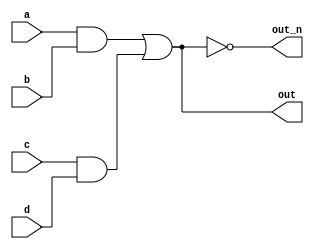
// statement

// Implement the following circuit. Create two intermediate wires (named anything you want) to connect the AND and OR gates together. 
// Note that the wire that feeds the NOT gate is really wire out, so you do not necessarily need to declare a third wire here.
// Notice how wires are driven by exactly one source (output of a gate), but can feed multiple inputs.

//If you're following the circuit structure in the diagram, you should end up with four assign statements,
// as there are four signals that need a value assigned.

// Circuit image: https://hdlbits.01xz.net/mw/images/3/3a/Wiredecl2.png

// Solution: 
`default_nettype none
module top_module(
    input a,
    input b,
    input c,
    input d,
    output out,
    output out_n   ); 
    
	// we are creating an extra wires 
	// and1 , and2, or1;
	// and1 is for a and b;
	// and2 is for c and d;
	// or1 is used to get the combined output as per the diagram
	
    wire and1, and2, or1;
    
	// assigning values;
    assign and1 = a & b;
    assign and2 = c & d;
    assign or1 = and1 | and2;
    
    assign out = or1;
    assign out_n = ~or1;
    
    

endmodule